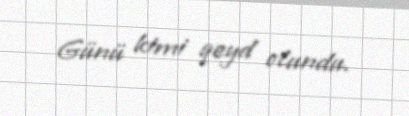
Günü kimi qeyd olundu.